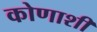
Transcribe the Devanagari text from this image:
कोणाशीं